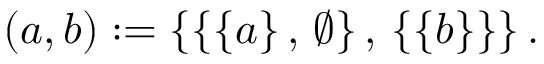
\left( a , b \right) : = \left\{ \left\{ \left\{ a \right\} , \, \emptyset \right\} , \, \left\{ \left\{ b \right\} \right\} \right\} .